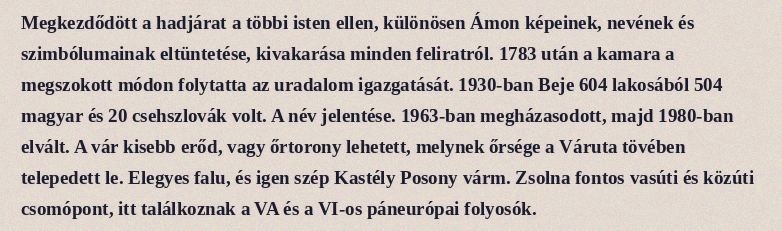
Megkezdődött a hadjárat a többi isten ellen, különösen Ámon képeinek, nevének és szimbólumainak eltüntetése, kivakarása minden feliratról. 1783 után a kamara a megszokott módon folytatta az uradalom igazgatását. 1930-ban Beje 604 lakosából 504 magyar és 20 csehszlovák volt. A név jelentése. 1963-ban megházasodott, majd 1980-ban elvált. A vár kisebb erőd, vagy őrtorony lehetett, melynek őrsége a Váruta tövében telepedett le. Elegyes falu, és igen szép Kastély Posony várm. Zsolna fontos vasúti és közúti csomópont, itt találkoznak a VA és a VI-os páneurópai folyosók.